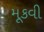
મૂકવી